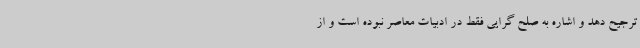
ترجیح دهد و اشاره به صلح گرایی فقط در ادبیات معاصر نبوده است و از